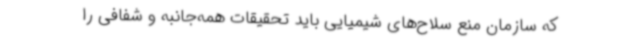
که سازمان منع سلاح‌های شیمیایی باید تحقیقات همه‌جانبه و شفافی را